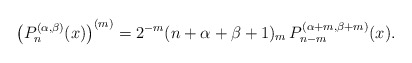
\begin{align*} \left(P_n^{(\alpha,\beta)}(x)\right)^{(m)}=2^{-m} (n+\alpha+\beta+1)_m\,P_{n-m}^{(\alpha+m,\beta+m)}(x).\end{align*}